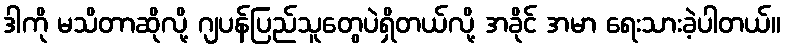
ဒါကို မသိတာဆိုလို့ ဂျပန်ပြည်သူတွေပဲရှိတယ်လို့ အခိုင် အမာ ရေးသားခဲ့ပါတယ်။